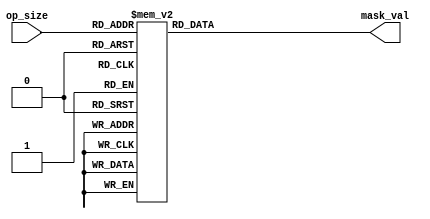
module alu_mask_rom_32(
	input [4:0] op_size,
	
	output [31:0] mask_val
);

reg [31:0] rom_val;

assign mask_val = rom_val;

always @(*) begin
	case(op_size)
		0:  rom_val = 32'b00000000_00000000_00000000_00000001;
		1:  rom_val = 32'b00000000_00000000_00000000_00000011;
		2:  rom_val = 32'b00000000_00000000_00000000_00000111;
		3:  rom_val = 32'b00000000_00000000_00000000_00001111;
		4:  rom_val = 32'b00000000_00000000_00000000_00011111;
		5:  rom_val = 32'b00000000_00000000_00000000_00111111;
		6:  rom_val = 32'b00000000_00000000_00000000_01111111;
		7:  rom_val = 32'b00000000_00000000_00000000_11111111;
		8:  rom_val = 32'b00000000_00000000_00000001_11111111;
		9:  rom_val = 32'b00000000_00000000_00000011_11111111;
		10: rom_val = 32'b00000000_00000000_00000111_11111111;
		11: rom_val = 32'b00000000_00000000_00001111_11111111;
		12: rom_val = 32'b00000000_00000000_00011111_11111111;
		13: rom_val = 32'b00000000_00000000_00111111_11111111;
		14: rom_val = 32'b00000000_00000000_01111111_11111111;
		15: rom_val = 32'b00000000_00000000_11111111_11111111;
		16: rom_val = 32'b00000000_00000001_11111111_11111111;
		17: rom_val = 32'b00000000_00000011_11111111_11111111;
		18: rom_val = 32'b00000000_00000111_11111111_11111111;
		19: rom_val = 32'b00000000_00001111_11111111_11111111;
		20: rom_val = 32'b00000000_00011111_11111111_11111111;
		21: rom_val = 32'b00000000_00111111_11111111_11111111;
		22: rom_val = 32'b00000000_01111111_11111111_11111111;
		23: rom_val = 32'b00000000_11111111_11111111_11111111;
		24: rom_val = 32'b00000001_11111111_11111111_11111111;
		25: rom_val = 32'b00000011_11111111_11111111_11111111;
		26: rom_val = 32'b00000111_11111111_11111111_11111111;
		27: rom_val = 32'b00001111_11111111_11111111_11111111;
		28: rom_val = 32'b00011111_11111111_11111111_11111111;
		29: rom_val = 32'b00111111_11111111_11111111_11111111;
		30: rom_val = 32'b01111111_11111111_11111111_11111111;
		31: rom_val = 32'b11111111_11111111_11111111_11111111;
	endcase
end

endmodule

module alu_mask_rom_16(
	input [3:0] op_size,
	
	output [15:0] mask_val
);

reg [15:0] rom_val;

assign mask_val = rom_val;

always @(*) begin
	case(op_size)
		0:  rom_val = 16'b00000000_00000001;
		1:  rom_val = 16'b00000000_00000011;
		2:  rom_val = 16'b00000000_00000111;
		3:  rom_val = 16'b00000000_00001111;
		4:  rom_val = 16'b00000000_00011111;
		5:  rom_val = 32'b00000000_00111111;
		6:  rom_val = 16'b00000000_01111111;
		7:  rom_val = 16'b00000000_11111111;
		8:  rom_val = 16'b00000001_11111111;
		9:  rom_val = 16'b00000011_11111111;
		10: rom_val = 16'b00000111_11111111;
		11: rom_val = 16'b00001111_11111111;
		12: rom_val = 16'b00011111_11111111;
		13: rom_val = 16'b00111111_11111111;
		14: rom_val = 16'b01111111_11111111;
		15: rom_val = 16'b11111111_11111111;
	endcase
end

endmodule